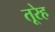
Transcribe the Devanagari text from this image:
तूरेह